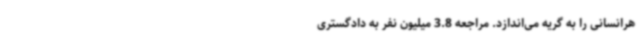
هرانسانی را به گریه می‌اندازد. مراجعه 3.8 میلیون نفر به دادگستری